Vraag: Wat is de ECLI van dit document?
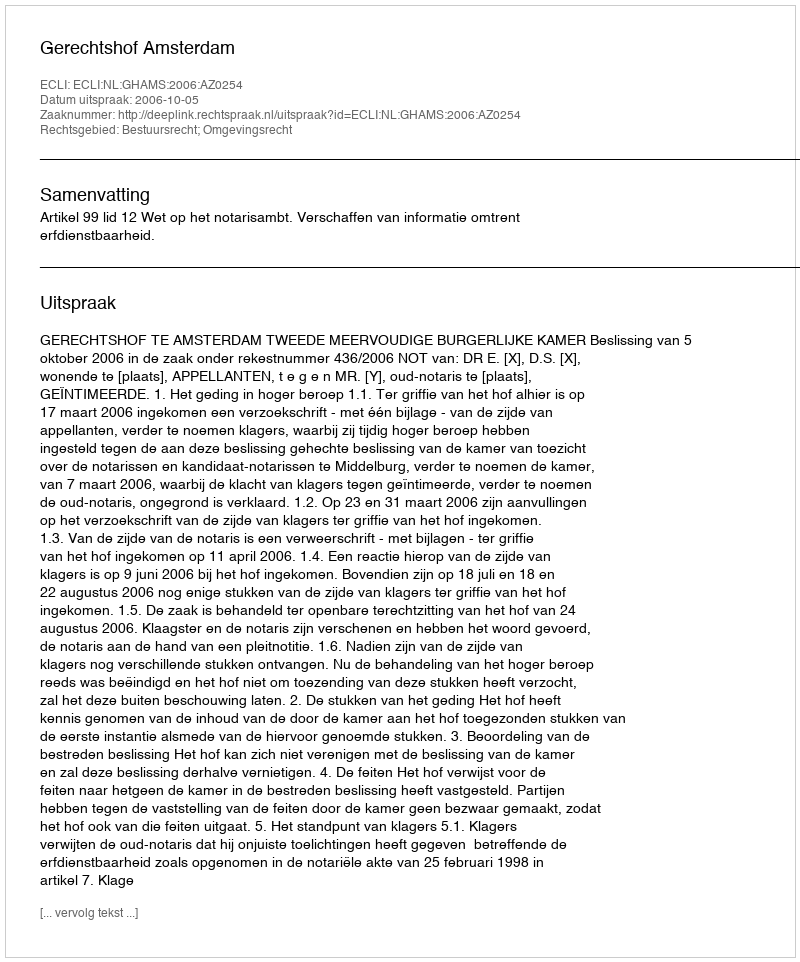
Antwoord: ECLI:NL:GHAMS:2006:AZ0254